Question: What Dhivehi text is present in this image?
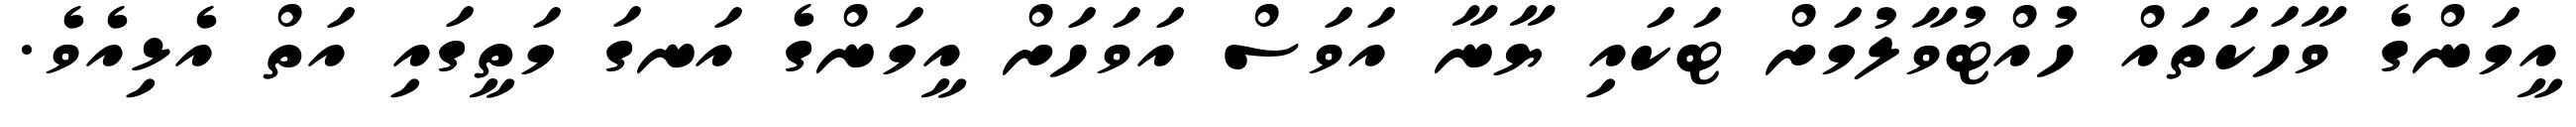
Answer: އީމަންގެ ވާހަކަތައް ހުއްޓުވާލުމަށް ޓަކައި ޔާނާ އަވަސް އަވަހަށް އީމަންގެ އަނގަ މަތީގައި އަތް އެޅިއެވެ.